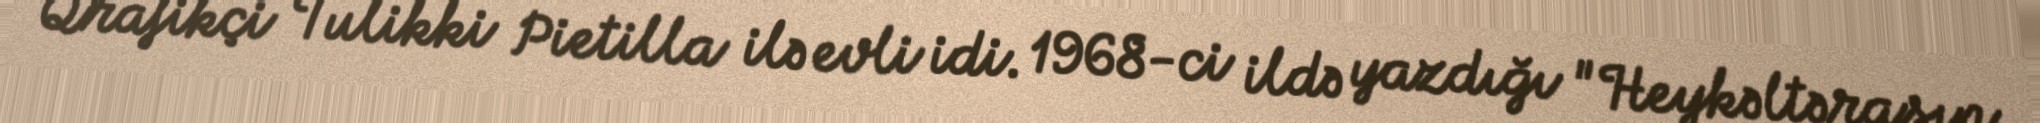
Qrafikçi Tulikki Pietilla ilə evli idi. 1968-ci ildə yazdığı "Heykəltəraşın